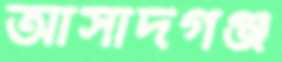
আসাদগঞ্জ